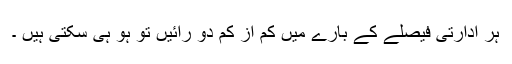
ہر ادارتی فیصلے کے بارے میں کم از کم دو رائیں تو ہو ہی سکتی ہیں ۔